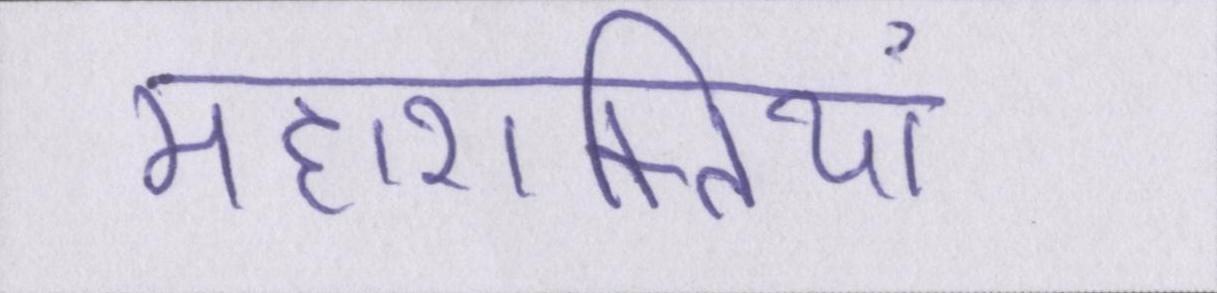
महाशक्तियां